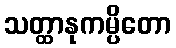
သတ္ထာနုကမ္ပိတော